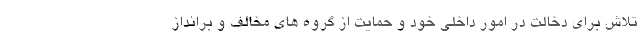
تلاش برای دخالت در امور داخلی خود و حمایت از گروه های مخالف و برانداز